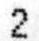
2